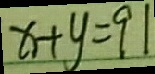
x + y = 9 1